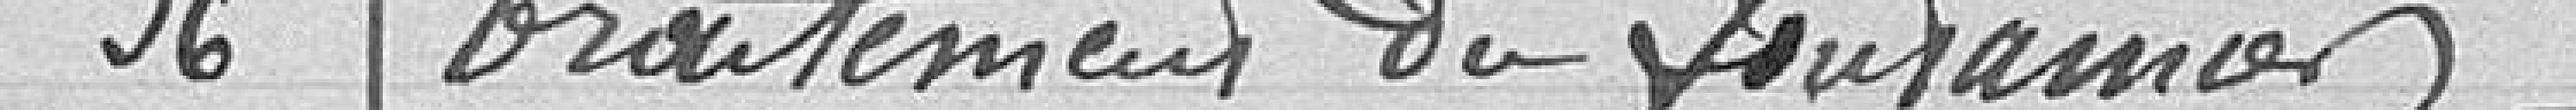
36 Traitement des fontainiers